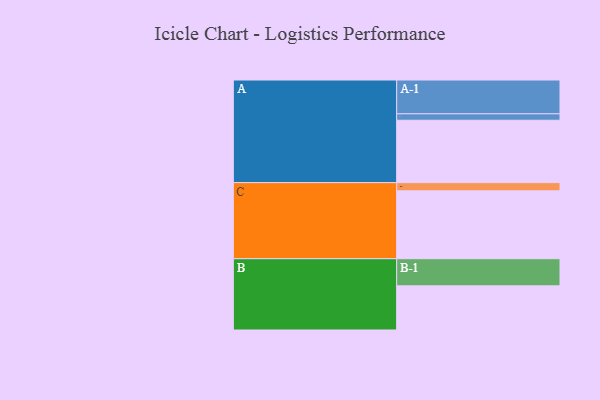
{"axis": {"x": "Segment", "y": "Value"}, "legend": ["", "A", "B", "C"], "data": [{"x": "A", "y": 524, "type": ""}, {"x": "B", "y": 371, "type": ""}, {"x": "C", "y": 570, "type": ""}, {"x": "A-1", "y": 284, "type": "A"}, {"x": "A-2", "y": 54, "type": "A"}, {"x": "B-1", "y": 228, "type": "B"}, {"x": "C-1", "y": 69, "type": "C"}]}